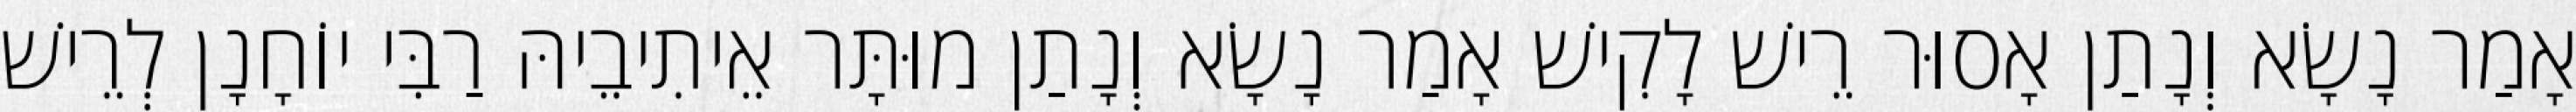
אָמַר נָשָׂא וְנָתַן אָסוּר רֵישׁ לָקִישׁ אָמַר נָשָׂא וְנָתַן מוּתָּר אֵיתִיבֵיהּ רַבִּי יוֹחָנָן לְרֵישׁ